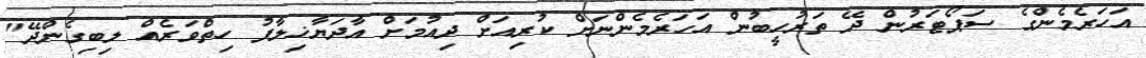
އަހަރެމެންގެ ސަޕޯޓަރުން ދޭ ތަރުހީބުން އަހަރެމެންނަށް ކުރިއަށް ދިއުމަށް އާދަޔާޚިލާފު ހިތްވަރެއް ލިބިގެންދޭ"